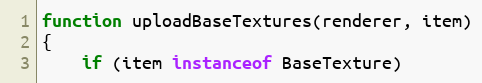
Language: JavaScript
function uploadBaseTextures(renderer, item)
{
    if (item instanceof BaseTexture)